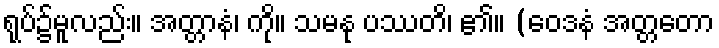
ရုပ်၌မူလည်း။ အတ္တာနံ၊ ကို။ သမနု ပဿတိ၊ ၏။ (ဝေဒနံ အတ္တတော